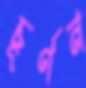
চূর্ণন